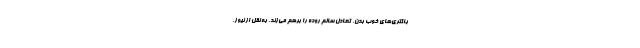
باکتری‌های خوب بدن، تعادل سالم روده را برهم می‌زند. به نقل از نیوز،